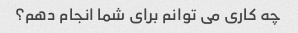
چه کاری می توانم برای شما انجام دهم؟